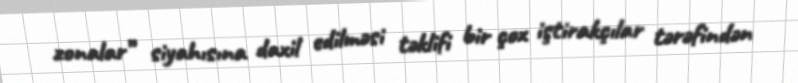
zonalar” siyahısına daxil edilməsi təklifi bir çox iştirakçılar tərəfindən